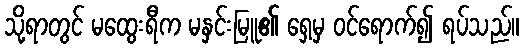
သို့ရာတွင် မထွေးရီက မနှင်းမြူ၏ ရှေ့မှ ဝင်ရောက်၍ ရပ်သည်။